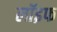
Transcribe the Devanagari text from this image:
लॉइफ